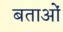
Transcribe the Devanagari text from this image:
बताओं